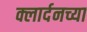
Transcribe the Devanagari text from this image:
क्लार्दनच्या